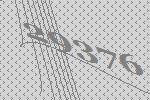
29376